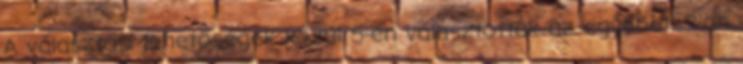
A választási lehetőségek közül 5-en választották az egyebet. 3-an